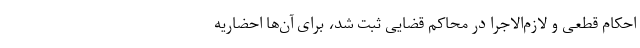
احکام قطعی و لازم‌الاجرا در محاکم قضایی ثبت شد، برای آن‌ها احضاریه